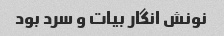
نونش انگار بیات و سرد بود